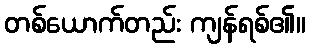
တစ်ယောက်တည်း ကျန်ရစ်၏။